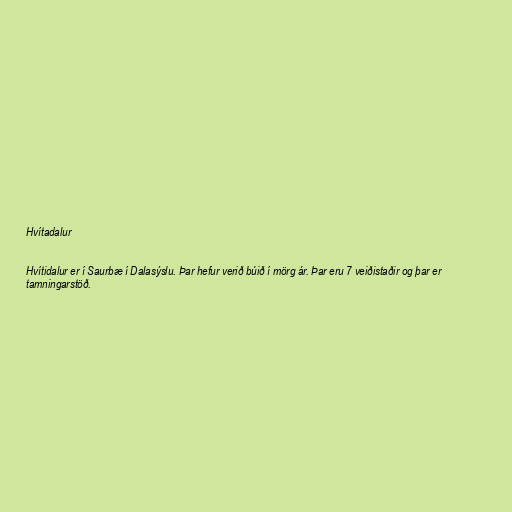
Hvítadalur

Hvítidalur er í Saurbæ í Dalasýslu. Þar hefur verið búið í mörg ár. Þar eru 7 veiðistaðir og þar er
tamningarstöð.